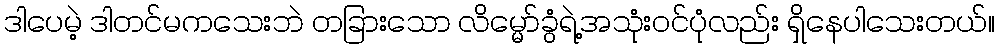
ဒါပေမဲ့ ဒါတင်မကသေးဘဲ တခြားသော လိမ္မော်ခွံရဲ့အသုံးဝင်ပုံလည်း ရှိနေပါသေးတယ်။